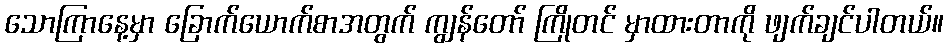
သောကြာနေ့မှာ ခြောက်ယောက်စာအတွက် ကျွန်တော် ကြိုတင် မှာထားတာကို ဖျက်ချင်ပါတယ်။